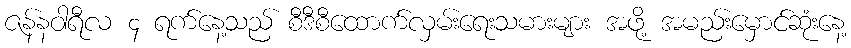
ဇန်နဝါရီလ ၄ ရက်နေ့သည် စီဒီစီထောက်လှမ်းရေးသမားများ အဖို့ အမည်းမှောင်ဆုံးနေ့